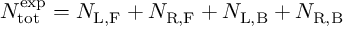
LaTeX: N _ { \mathrm { t o t } } ^ { \mathrm { e x p } } = N _ { \mathrm { L , F } } + N _ { \mathrm { R , F } } + N _ { \mathrm { L , B } } + N _ { \mathrm { R , B } }